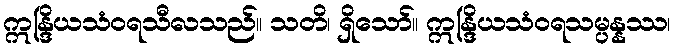
ဣန္ဒြိယသံဝရသီလသည်။ သတိ၊ ရှိသော်။ ဣန္ဒြိယသံဝရသမ္ပန္နဿ၊